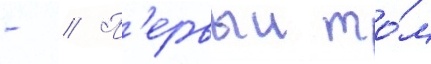
- // П'ервыи то́м